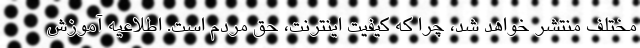
مختلف منتشر خواهد شد، چرا که کیفیت اینترنت، حق مردم است. اطلاعیه آموزش